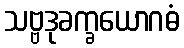
သဗ္ဗဒုခက္ခယောဂဓံ